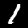
Digit: 1